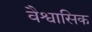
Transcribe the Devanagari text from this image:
वैश्वासिक